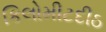
કિલોમીટદીઠ